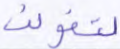
لنقولن